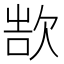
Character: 𬅨